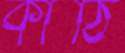
কাঁঠি